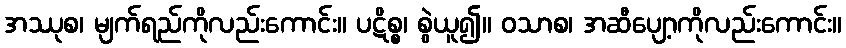
အဿုစ၊ မျက်ရည်ကိုလည်းကောင်း။ ပဋိစ္စ၊ စွဲယူ၍။ ဝသာစ၊ အဆီပျော့ကိုလည်းကောင်း။